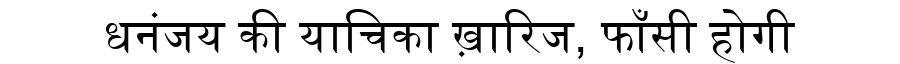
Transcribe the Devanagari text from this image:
धनंजय की याचिका ख़ारिज, फाँसी होगी